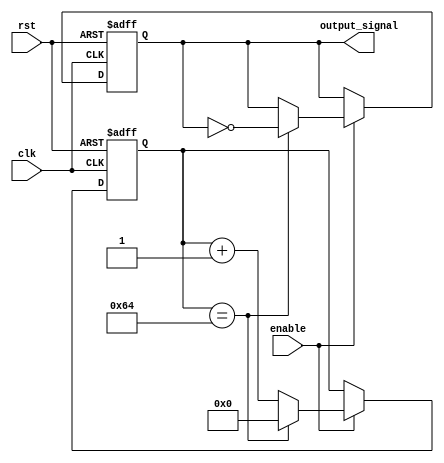
module Periodic_Timer (
    input wire clk,
    input wire rst,
    input wire enable,
    output reg output_signal
);

parameter start_value = 0;
parameter end_value = 100;
parameter frequency = 50; // in Hz

reg [7:0] counter;

always @(posedge clk or posedge rst) begin
    if (rst) begin
        counter <= start_value;
        output_signal <= 0;
    end else begin
        if (enable) begin
            if (counter == end_value) begin
                counter <= start_value;
                output_signal <= ~output_signal;
            end else begin
                counter <= counter + 1;
            end
        end
    end
end

endmodule